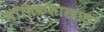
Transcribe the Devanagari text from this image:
भौतिकशास्त्राला